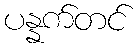
ပန္နက်တင်